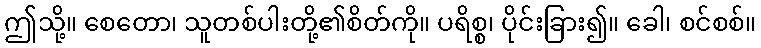
ဤသို့။ စေတော၊ သူတစ်ပါးတို့၏စိတ်ကို။ ပရိစ္စ၊ ပိုင်းခြား၍။ ခေါ၊ စင်စစ်။